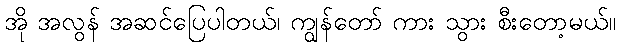
အို အလွန် အဆင်ပြေပါတယ်၊ ကျွန်တော် ကား သွား စီးတော့မယ်။